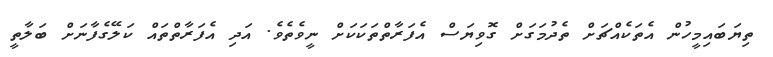
ތިޔަބައިމީހުން އެތަކެއްޗަށް ތެދުމަގަށް ގޮވިޔަސް އެފަރާތްތަކަކަށް ނީވެތެވެ. އަދި އެފަރާތްތައް ކަލޭގެފާނަށް ބަލާތީ